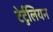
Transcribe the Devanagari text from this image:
टेर्टुलियन